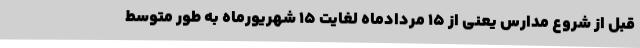
قبل از شروع مدارس یعنی از 15 مردادماه لغایت 15 شهریورماه به طور متوسط